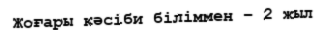
Жоғары кәсіби біліммен – 2 жыл